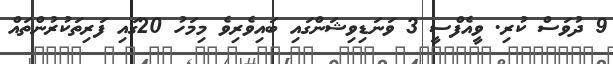
9 ދުވަސް ކުރި. ވީއެފްސީ 3 ވަނަޑިވިޝަންގައި ބައިވެރިވެ މިމަހު 20ގައި ފަރިތަކުރުންތައް